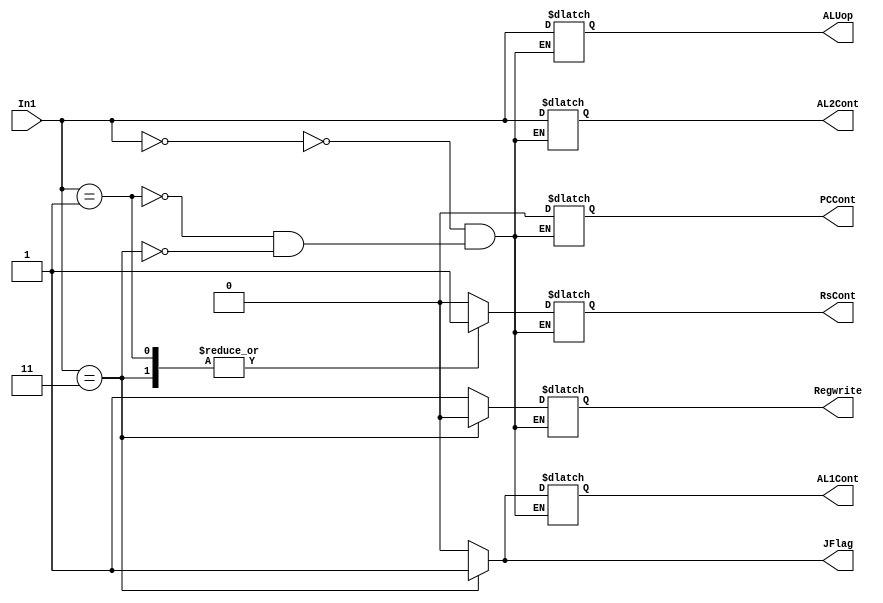
`timescale 1ns / 1ps
//////////////////////////////////////////////////////////////////////////////////
// Company: 
// Engineer: 
// 
// Design Name: 
// Module Name:    ControlUnit 
// Project Name: 
// Target Devices: 
// Tool versions: 
// Description: 
//
// Dependencies: 
//
// Revision: 
// Revision 0.01 - File Created
// Additional Comments: 
//
//////////////////////////////////////////////////////////////////////////////////
module ControlUnit(
    input [1:0] In1,
    output reg [1:0] ALUop,
	 output reg RsCont,
	 output reg PCCont,
	 output reg JFlag,
	 output reg Regwrite,
	 output reg AL1Cont,
	 output reg [1:0] AL2Cont
    );

always@(In1)
begin
	JFlag<=0;
	case(In1)
	2'b00: begin ALUop<=In1; RsCont<=0; PCCont<=0; JFlag<=0; Regwrite<=1; AL1Cont<=0; AL2Cont<=In1; end
	2'b01: begin ALUop<=In1; RsCont<=1; PCCont<=0; JFlag<=0; Regwrite<=1; AL1Cont<=0; AL2Cont<=In1; end
	2'b11: begin ALUop<=In1; RsCont<=1; PCCont<=0; JFlag<=1; Regwrite<=0; AL1Cont<=1; AL2Cont<=In1; end
	endcase
	
end

	
endmodule